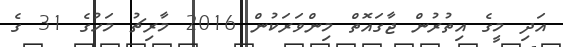
އަދި މީގެ އިތުރުން ޖާގައޮތް މިންވަރަކުން 2016 މާރިޗު މަހުގެ 31 ގެ